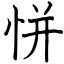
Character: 恲